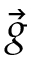
\vec { g }